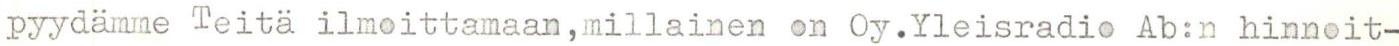
Pyydämme Teitä ilmoittamaan,millainen on Oy.Yleisradio Ab:n hinnoit-